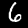
Label: 6